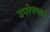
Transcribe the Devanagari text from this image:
उपरेपणाने